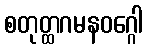
စတုတ္ထဂမနဝဂ္ဂေါ